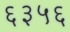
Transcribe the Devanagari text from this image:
६३५६